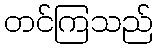
တင်ကြသည်